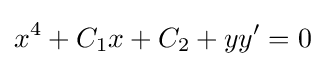
x^{4}+C_{1}x+C_{2}+yy'=0